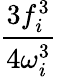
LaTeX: \frac{3f_{i}^{3}}{4\omega_{i}^{3}}